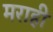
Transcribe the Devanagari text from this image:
मराही